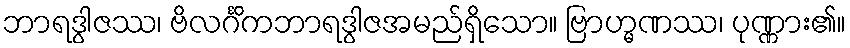
ဘာရဒွါဇဿ၊ ဗိလင်္ဂိကဘာရဒွါဇအမည်ရှိသော။ ဗြာဟ္မဏဿ၊ ပုဏ္ဏား၏။